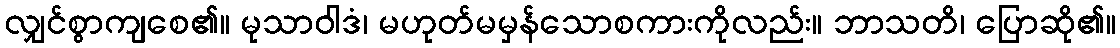
လျှင်စွာကျစေ၏။ မုသာဝါဒံ၊ မဟုတ်မမှန်သောစကားကိုလည်း။ ဘာသတိ၊ ပြောဆို၏။